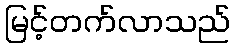
မြင့်တက်လာသည်